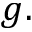
g .